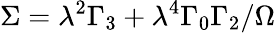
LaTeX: \Sigma=\lambda^{2}\Gamma_{3}+\lambda^{4}\Gamma_{0}\Gamma_{2}/\Omega